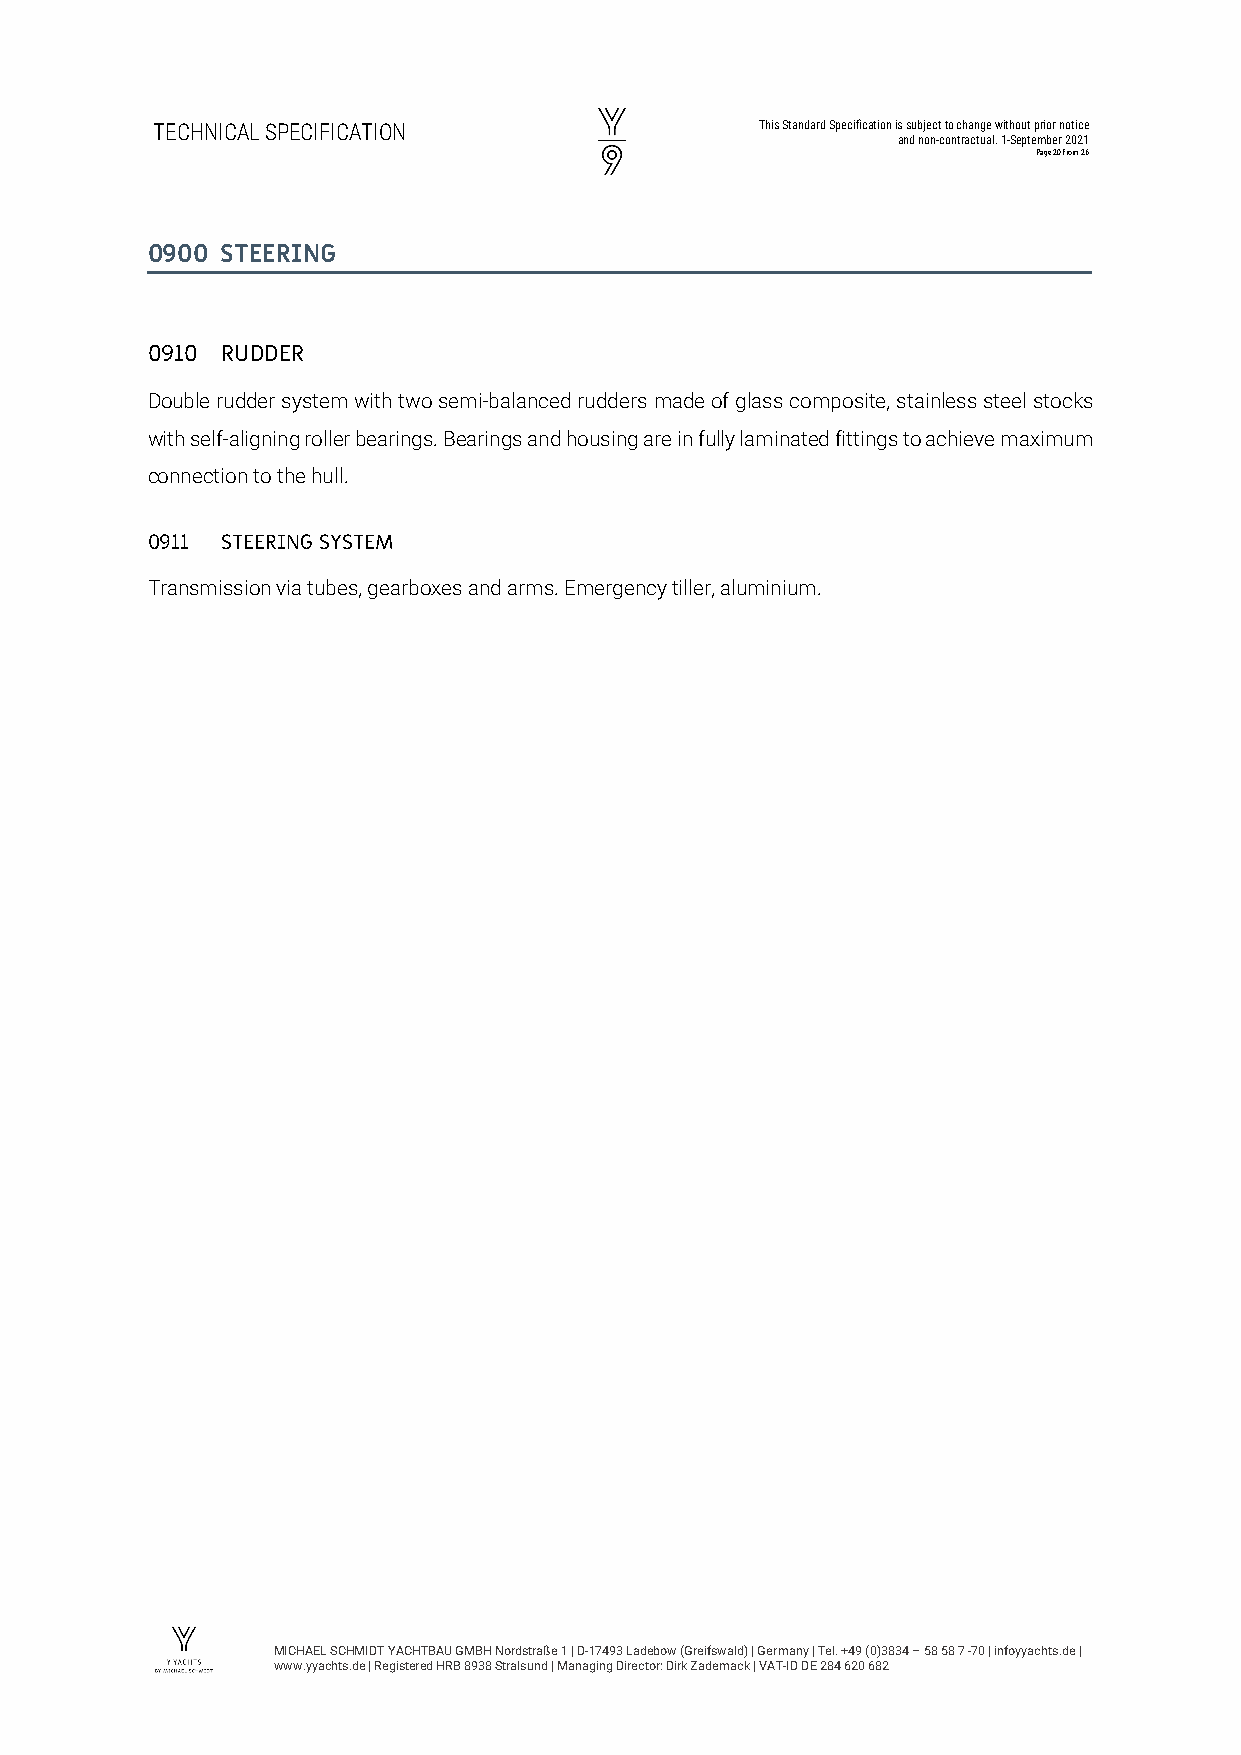
TECHNICAL SPECIFICATION                 This Standard Specification is subject to change without prior notice
 and non-contractual. 1-September 2021
 Page 20 from 26
 0900 STEERING
 0910 RUDDER
 Double rudder system with two semi-balanced rudders made of glass composite, stainless steel stocks
 with self-aligning roller bearings. Bearings and housing are in fully laminated fittings to achieve maximum
 connection to the hull.
 0911 STEERING SYSTEM
 Transmission via tubes, gearboxes and arms. Emergency tiller, aluminium.
 MICHAEL SCHMIDT YACHTBAU GMBH Nordstraße 1 | D-17493 Ladebow (Greifswald) | Germany | Tel. +49 (0)3834 – 58 58 7 -70 | infoyyachts.de |
 www.yyachts.de | Registered HRB 8938 Stralsund | Managing Director: Dirk Zademack | VAT-ID DE 284 620 682